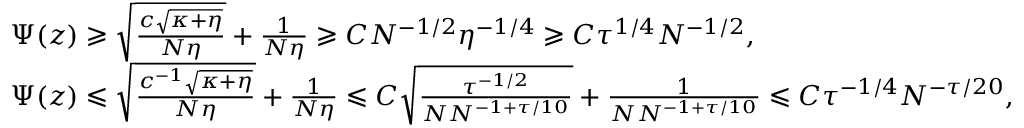
\begin{array} { r l } & { \Psi ( z ) \geqslant \sqrt { \frac { c \sqrt { \kappa + \eta } } { N \eta } } + \frac { 1 } { N \eta } \geqslant C N ^ { - 1 / 2 } \eta ^ { - 1 / 4 } \geqslant C \tau ^ { 1 / 4 } N ^ { - 1 / 2 } , } \\ & { \Psi ( z ) \leqslant \sqrt { \frac { c ^ { - 1 } \sqrt { \kappa + \eta } } { N \eta } } + \frac { 1 } { N \eta } \leqslant C \sqrt { \frac { \tau ^ { - 1 / 2 } } { N N ^ { - 1 + \tau / 1 0 } } } + \frac { 1 } { N N ^ { - 1 + \tau / 1 0 } } \leqslant C \tau ^ { - 1 / 4 } N ^ { - \tau / 2 0 } , } \end{array}